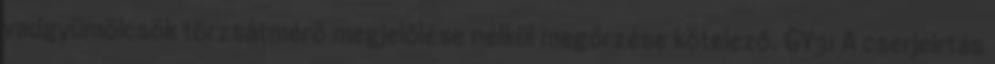
vadgyümölcsök törzsátmérő megjelölése nélkül megőrzése kötelező. GY31 A cserjeirtás